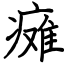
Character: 瘫